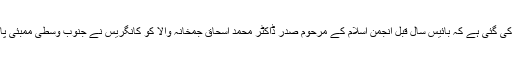
مذکورہ مطالبے کیلئے یہ دلیل پیش کی گئی ہے کہ بائیس سال قبل انجمن اسلام کے مرحوم صدر ڈاکٹر محمد اسحاق جمخانہ والا کو کانگریس نے جنوب وسطی ممبئی پارلیمانی حلقے سے امیدوار بنایا تھا ۔